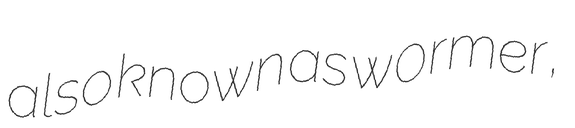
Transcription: also known as w0rmer,